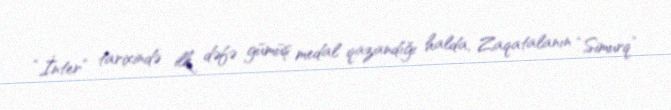
“İnter” tarixində ilk dəfə gümüş medal qazandığı halda, Zaqatalanın “Simurq”